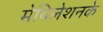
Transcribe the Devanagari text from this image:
मेथिलेशनके